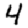
Digit: 4